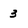
Character: 3